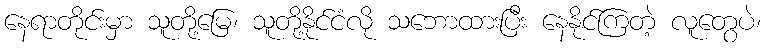
နေရာတိုင်းမှာ သူတို့မြေ၊ သူတို့နိုင်ငံလို သဘောထားပြီး နေနိုင်ကြတဲ့ လူတွေပဲ၊